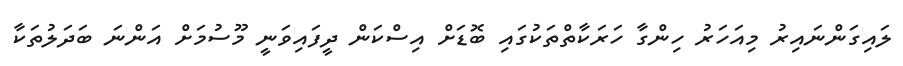
ލައިގަންނައިރު މިއަހަރު ހިންގާ ހަރަކާތްތަކުގައި ބޮޑަށް އިސްކަން ދީފައިވަނީ މޫސުމަށް އަންނަ ބަދަލުތަކާ